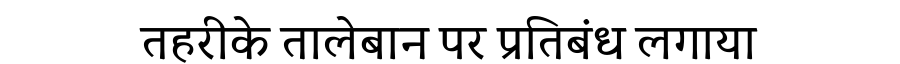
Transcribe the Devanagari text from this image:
तहरीके तालेबान पर प्रतिबंध लगाया